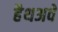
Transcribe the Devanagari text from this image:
हैथअवे